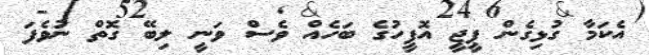
އެކަމާ ގުޅިގެން ޕީޖީ އޮފީހުގެ ބަހެއް ވެސް ވަނީ ލިބޭ ގޮތް ނުވެފަ